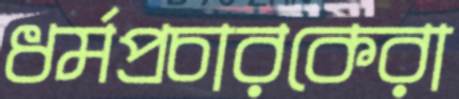
ধর্মপ্রচারকেরা